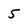
Character: 5